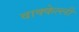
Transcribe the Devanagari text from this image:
वाक्केल्ली